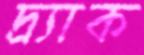
দ্র্যাক